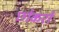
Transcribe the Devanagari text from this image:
छोकरों